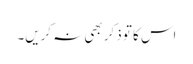
اس کا تو ذکر بھی نہ کریں۔